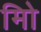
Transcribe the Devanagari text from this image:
मिो